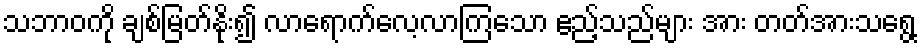
သဘာဝကို ချစ်မြတ်နိုး၍ လာရောက်လေ့လာကြသော ဧည့်သည်များ အား တတ်အားသရွေ့